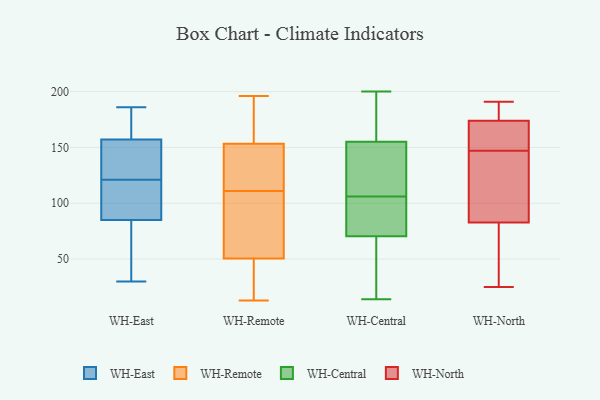
{"axis": {"x": "LTV (USD)", "y": "Value"}, "legend": ["WH-Central", "WH-East", "WH-North", "WH-Remote"], "data": [{"x": "", "y": 122, "type": "WH-East"}, {"x": "", "y": 74, "type": "WH-East"}, {"x": "", "y": 145, "type": "WH-East"}, {"x": "", "y": 109, "type": "WH-East"}, {"x": "", "y": 120, "type": "WH-East"}, {"x": "", "y": 97, "type": "WH-East"}, {"x": "", "y": 150, "type": "WH-East"}, {"x": "", "y": 123, "type": "WH-East"}, {"x": "", "y": 183, "type": "WH-East"}, {"x": "", "y": 105, "type": "WH-East"}, {"x": "", "y": 30, "type": "WH-East"}, {"x": "", "y": 166, "type": "WH-East"}, {"x": "", "y": 186, "type": "WH-East"}, {"x": "", "y": 51, "type": "WH-East"}, {"x": "", "y": 169, "type": "WH-East"}, {"x": "", "y": 85, "type": "WH-East"}, {"x": "", "y": 157, "type": "WH-East"}, {"x": "", "y": 82, "type": "WH-East"}, {"x": "", "y": 174, "type": "WH-Remote"}, {"x": "", "y": 196, "type": "WH-Remote"}, {"x": "", "y": 116, "type": "WH-Remote"}, {"x": "", "y": 95, "type": "WH-Remote"}, {"x": "", "y": 111, "type": "WH-Remote"}, {"x": "", "y": 94, "type": "WH-Remote"}, {"x": "", "y": 150, "type": "WH-Remote"}, {"x": "", "y": 57, "type": "WH-Remote"}, {"x": "", "y": 144, "type": "WH-Remote"}, {"x": "", "y": 51, "type": "WH-Remote"}, {"x": "", "y": 22, "type": "WH-Remote"}, {"x": "", "y": 149, "type": "WH-Remote"}, {"x": "", "y": 49, "type": "WH-Remote"}, {"x": "", "y": 165, "type": "WH-Remote"}, {"x": "", "y": 163, "type": "WH-Remote"}, {"x": "", "y": 31, "type": "WH-Remote"}, {"x": "", "y": 13, "type": "WH-Remote"}, {"x": "", "y": 178, "type": "WH-Central"}, {"x": "", "y": 173, "type": "WH-Central"}, {"x": "", "y": 37, "type": "WH-Central"}, {"x": "", "y": 195, "type": "WH-Central"}, {"x": "", "y": 93, "type": "WH-Central"}, {"x": "", "y": 99, "type": "WH-Central"}, {"x": "", "y": 72, "type": "WH-Central"}, {"x": "", "y": 127, "type": "WH-Central"}, {"x": "", "y": 140, "type": "WH-Central"}, {"x": "", "y": 31, "type": "WH-Central"}, {"x": "", "y": 14, "type": "WH-Central"}, {"x": "", "y": 55, "type": "WH-Central"}, {"x": "", "y": 127, "type": "WH-Central"}, {"x": "", "y": 200, "type": "WH-Central"}, {"x": "", "y": 106, "type": "WH-Central"}, {"x": "", "y": 90, "type": "WH-Central"}, {"x": "", "y": 155, "type": "WH-Central"}, {"x": "", "y": 155, "type": "WH-Central"}, {"x": "", "y": 70, "type": "WH-Central"}, {"x": "", "y": 147, "type": "WH-North"}, {"x": "", "y": 191, "type": "WH-North"}, {"x": "", "y": 171, "type": "WH-North"}, {"x": "", "y": 144, "type": "WH-North"}, {"x": "", "y": 137, "type": "WH-North"}, {"x": "", "y": 25, "type": "WH-North"}, {"x": "", "y": 87, "type": "WH-North"}, {"x": "", "y": 39, "type": "WH-North"}, {"x": "", "y": 173, "type": "WH-North"}, {"x": "", "y": 159, "type": "WH-North"}, {"x": "", "y": 70, "type": "WH-North"}, {"x": "", "y": 186, "type": "WH-North"}, {"x": "", "y": 177, "type": "WH-North"}]}